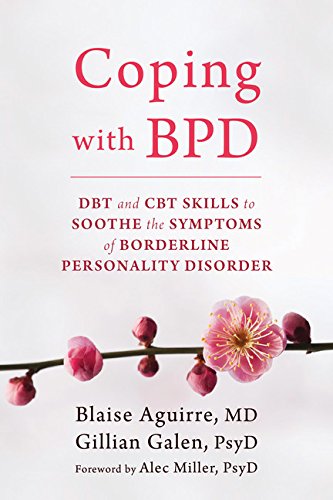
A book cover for Coping with BPD: DBT and CBT Skills to Soothe the Symptoms of Borderline Personality Disorder; Blaise Aguirre MD; Health, Fitness & Dieting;